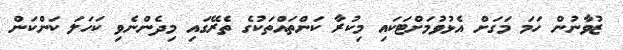
ޒުވާނުން ހަމަ މަގަށް އެޅުވުމަށްޓަކައި މިކުރާ ކަންތައްތަކުގެ ތެރޭގައި މިދެންނެވި ކަހަލަ ކަންކަން